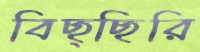
বিছ্ছিরি